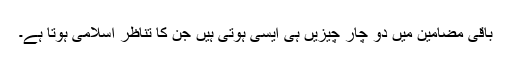
باقی مضامین میں دو چار چیزیں ہی ایسی ہوتی ہیں جن کا تناظر اسلامی ہوتا ہے۔